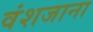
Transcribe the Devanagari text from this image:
वंशजाना